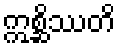
ဣစ္ဆိဿတိ